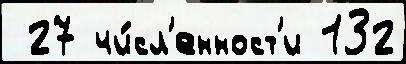
 27 чи́сл'енност'и 132